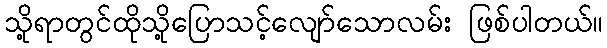
သို့ရာတွင်ထိုသို့ပြောသင့်လျော်သောလမ်း ဖြစ်ပါတယ်။